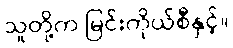
သူတို့က မြင်းကိုယ်စီနှင့်။